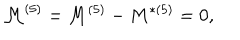
{ \cal { M } } ^ { ( 5 ) } = M ^ { ( 5 ) } - M ^ { * ( 5 ) } = 0 ,